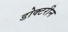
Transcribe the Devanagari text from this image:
डोक्टरीन